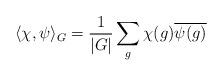
LaTeX: \begin{align*}\langle\chi,\psi\rangle_G=\frac{1}{|G|}\sum_g\chi(g)\overline{\psi(g)}\end{align*}